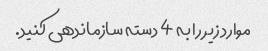
موارد زیر را به 4 دسته سازماندهی کنید.